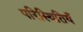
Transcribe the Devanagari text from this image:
परिस्थितियँ